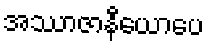
အဿာဇာနီယောပေ